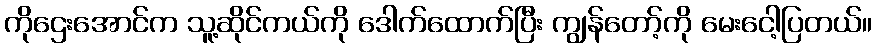
ကိုဌေးအောင်က သူ့ဆိုင်ကယ်ကို ဒေါက်ထောက်ပြီး ကျွန်တော့်ကို မေးငေါ့ပြတယ်။